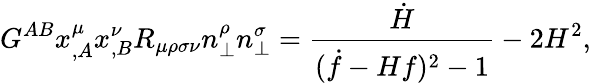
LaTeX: G^{AB}x_{,A}^{\mu}x_{,B}^{\nu}R_{\mu\rho\sigma\nu}n_{\perp}^{\rho}n_{\perp}^{\sigma}=\frac{\dot{H}}{(\dot{f}-Hf)^{2}-1}-2H^{2},